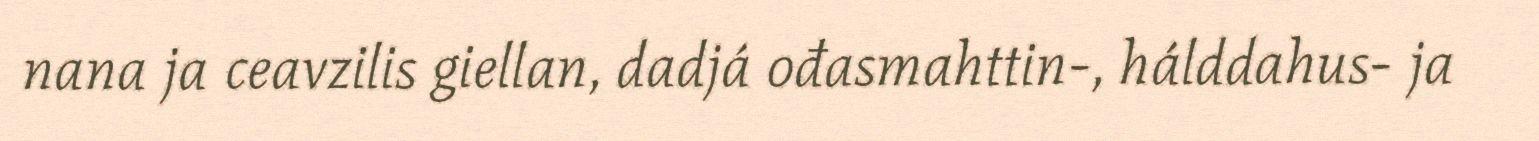
nana ja ceavzilis giellan, dadjá ođasmahttin-, hálddahus- ja